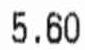
5.60